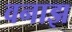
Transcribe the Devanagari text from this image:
वनाझ